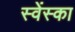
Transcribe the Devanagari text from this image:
स्वेंस्का